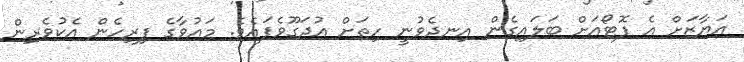
އަޔާޒަށް އެ ފޮޓޯއަށް ބަލައިގެން އިނދެވުނީ ހިތަށް އުދަގޫވެފައެވެ. މައުވާގެ ފިރިހެން އެކުވެރިން